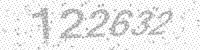
Solution: 122632